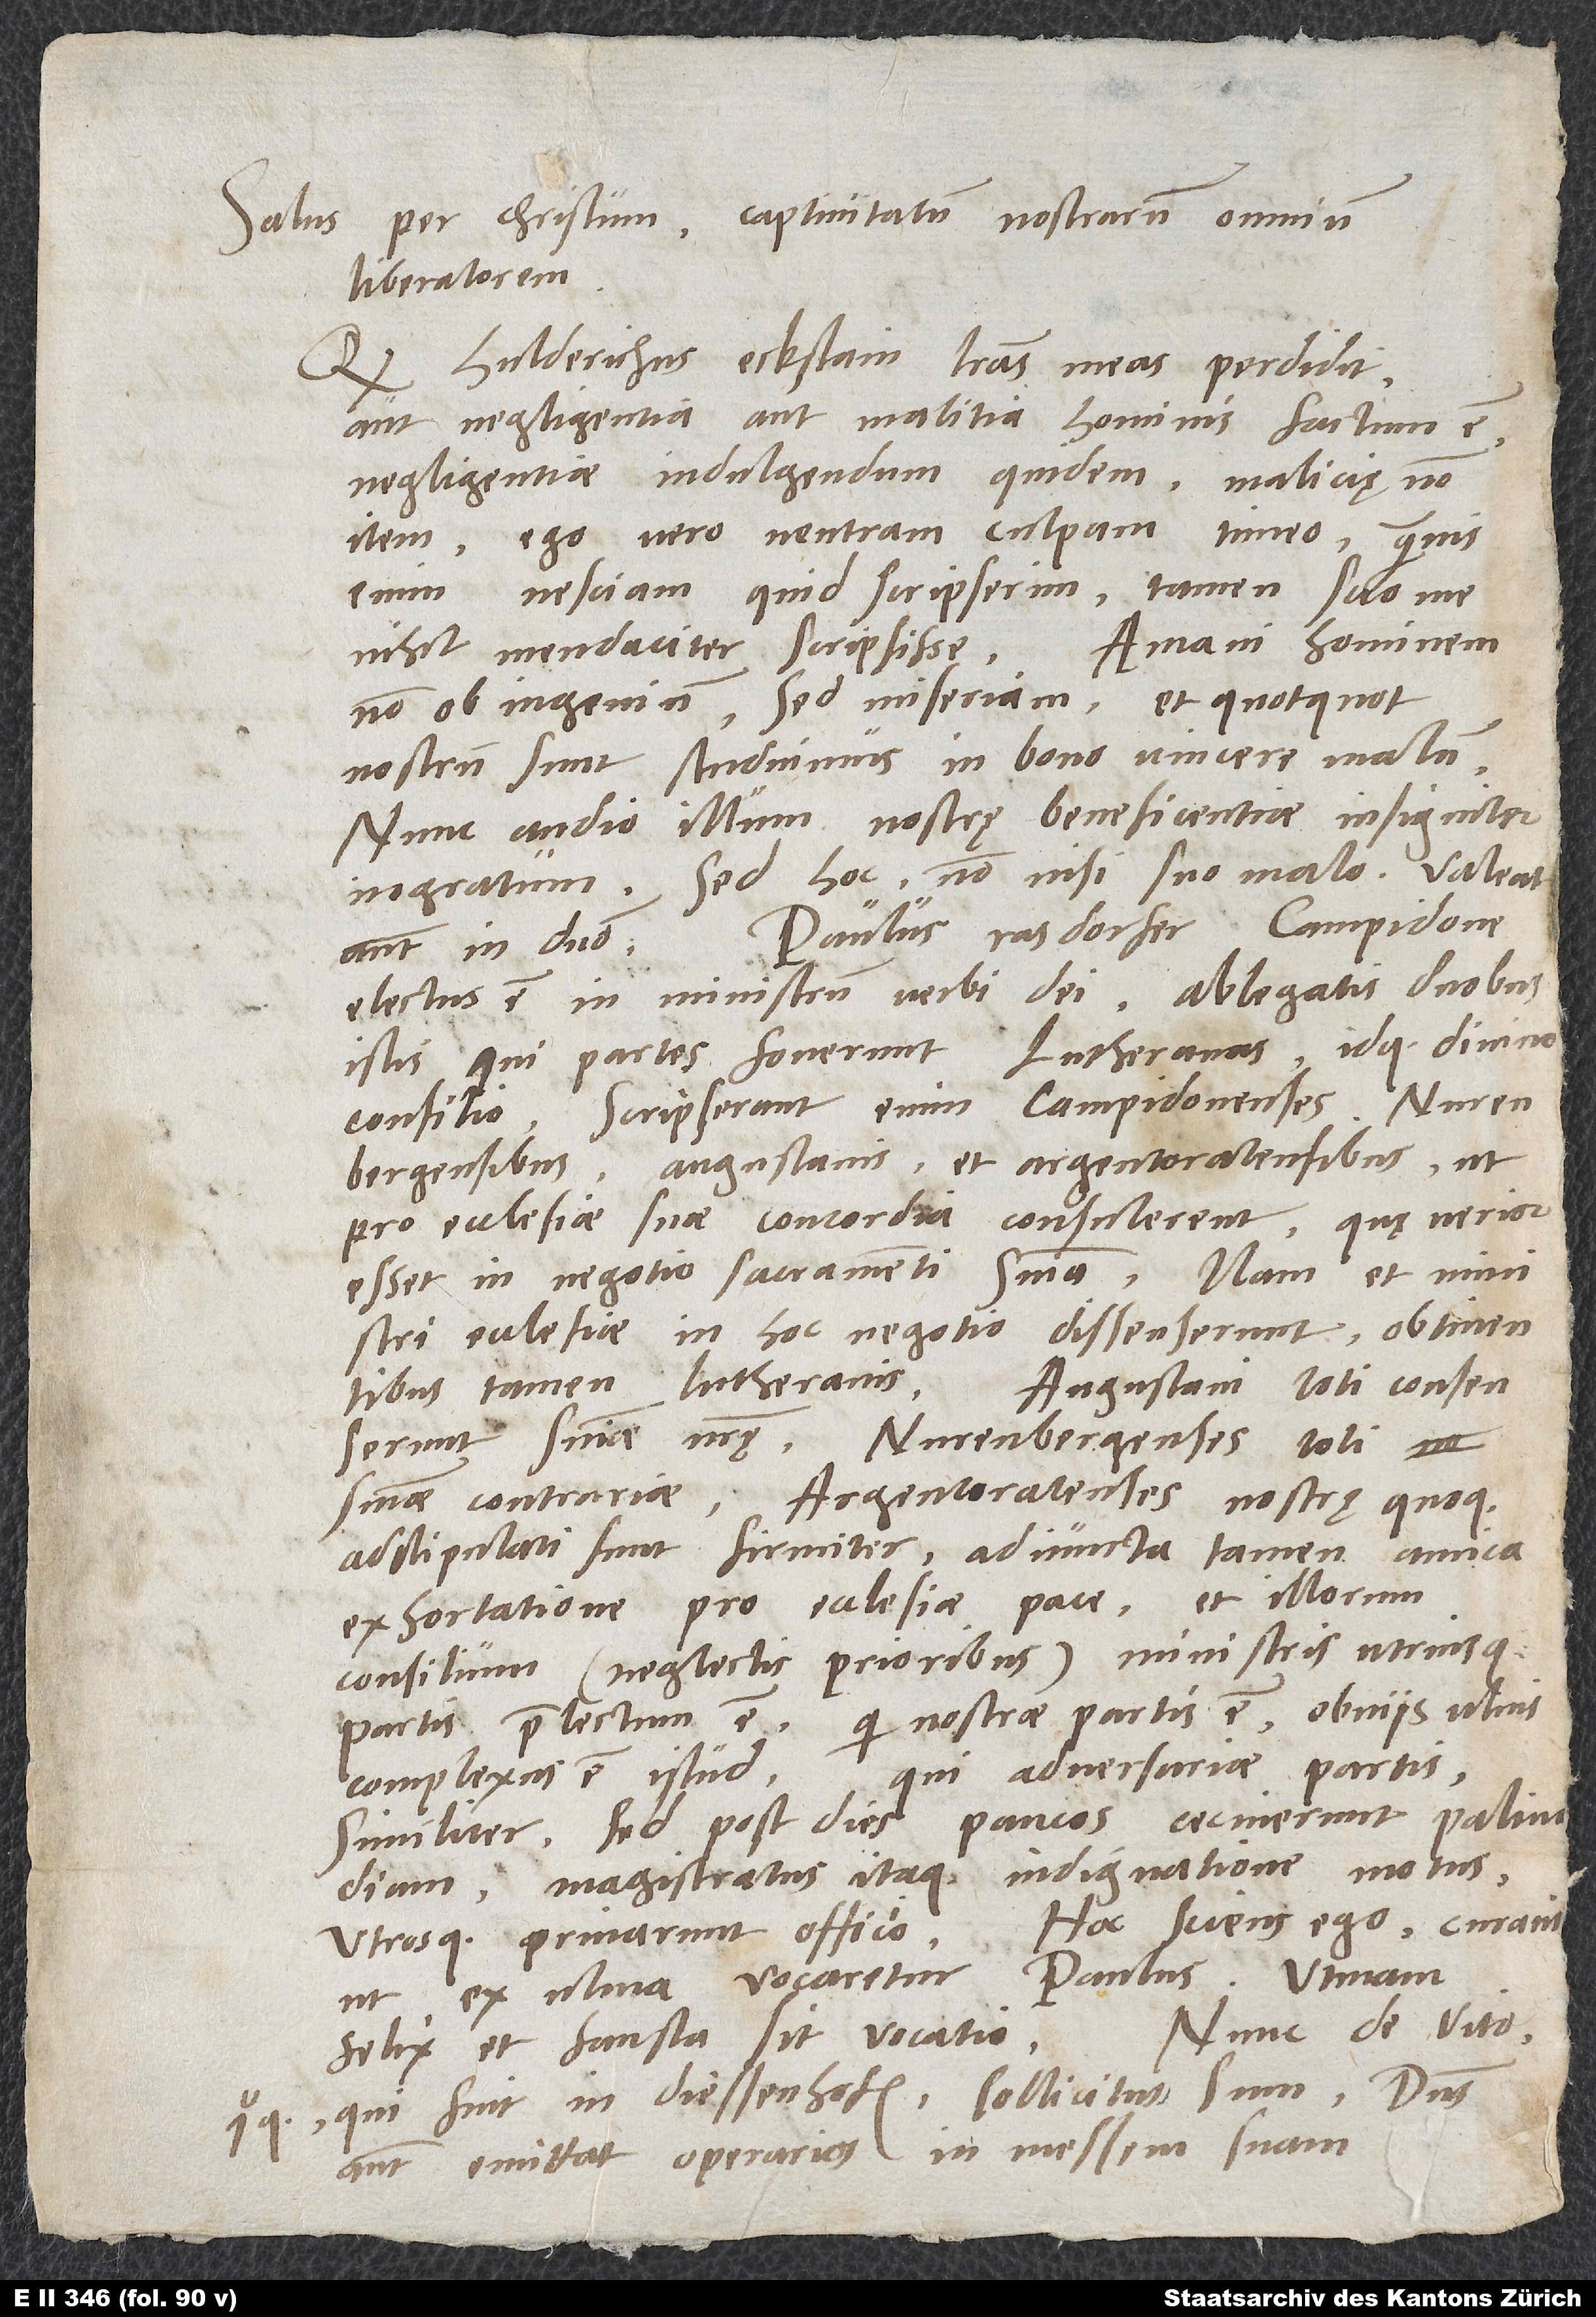
Salus per Christum, captivitatum nostrarum omnium
liberatorem.
Eckstain literas meas perdidit,
Quod Hulderichus
aut negligentia aut malitia hominis factum est.
Negligentiae indulgendum quidem, malicię non
item. Ego vero neutram culpam timeo. Quamvis
enim nesciam, quid scripserim, tamen scio me
nihil mendaciter scripsisse. Amavi hominem
non ob ingenium, sed miseriam, et quotquot
nostrum sunt, studuimus in bono vincere malum.
Nunc audio illum nostrę beneficentiae insigniter
ingratum, sed hoc non nisi suo malo. Valeat
Paulus Rasdorfer Campidone
autem in domino.
electus est in ministrum verbi dei ablegatis duobus
istis, qui partes foverunt Lutheranas, idque divino
consilio. Scripserant enim Campidonenses
Nurenbergensibus, Augustanis et Argentoratensibus, ut
pro ecclesiae suae concordia consulerent, quę verior
esset in negotio sacramenti sententia. Nam et ministri
ecclesiae in hoc negotio dissenserunt obtinentibus
Augustani toti consenserunt
tamen Lutheranis.
sententiae nostrae, Nurenbergenses toti
sententiae contrariae. Argentoratenses nostrę quoque
adstipulati sunt firmiter adiuncta tamen amica
exhortatione pro ecclesiae pace, et illorum
consilium (neglectis prioribus) ministris utriusque
partis praelectum est. Qui nostrae partis est, obviis ulnis
qui adversariae partis,
complexus est istud,
similiter. Sed post dies paucos cecinerunt palinodiam.
Magistratus itaque indignatione motus
utrosque privarunt officio. Hoc sciens ego curavi,
ut ex Ulma vocaretur Paulus. Utinam
felix et fausta sit vocatio. Nunc de Vito
quoque, qui fuit in Diessenhofen, sollicitus sum. Dominus
autem emittat operarios in messern suam.